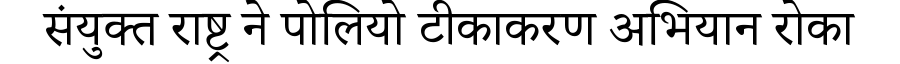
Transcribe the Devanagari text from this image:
संयुक्त राष्ट्र ने पोलियो टीकाकरण अभियान रोका